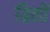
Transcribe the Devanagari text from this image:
ग्रिलों